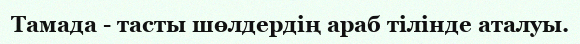
Тамада - тасты шөлдердің араб тілінде аталуы.